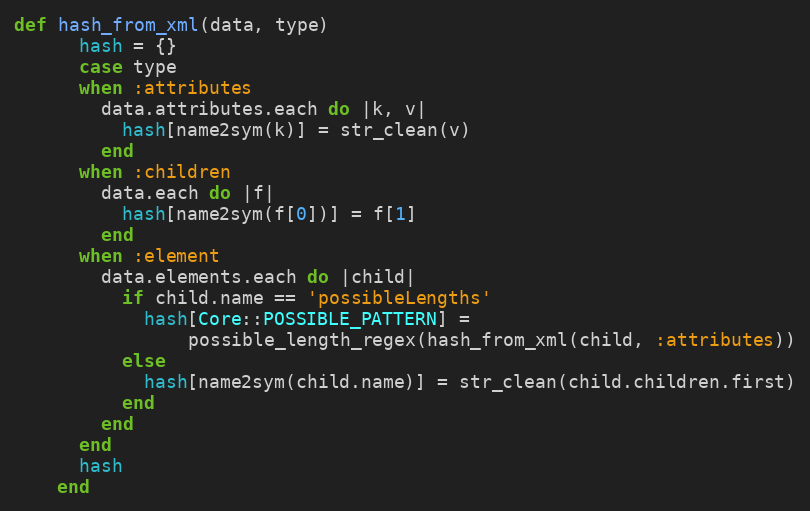
Language: Ruby
def hash_from_xml(data, type)
      hash = {}
      case type
      when :attributes
        data.attributes.each do |k, v|
          hash[name2sym(k)] = str_clean(v)
        end
      when :children
        data.each do |f|
          hash[name2sym(f[0])] = f[1]
        end
      when :element
        data.elements.each do |child|
          if child.name == 'possibleLengths'
            hash[Core::POSSIBLE_PATTERN] =
                possible_length_regex(hash_from_xml(child, :attributes))
          else
            hash[name2sym(child.name)] = str_clean(child.children.first)
          end
        end
      end
      hash
    end